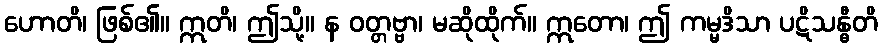
ဟောတိ၊ ဖြစ်၏။ ဣတိ၊ ဤသို့။ န ဝတ္တဗ္ဗာ၊ မဆိုထိုက်။ ဣတော၊ ဤ ကမ္မဒိသာ ပဋိသန္ဓီတိ